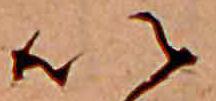
い